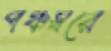
পঞ্চস্বরে